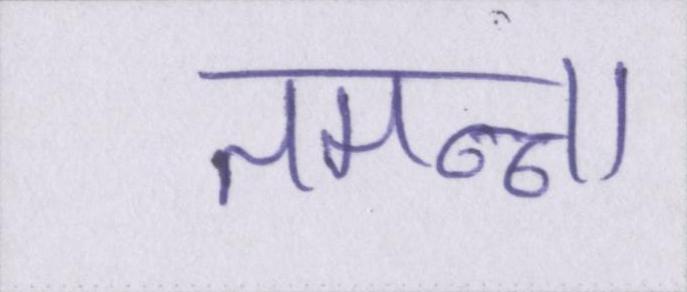
तमन्ना